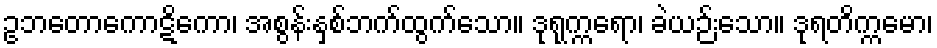
ဥဘတောကောဋိကော၊ အစွန်းနှစ်ဘက်ထွက်သော။ ဒုရုက္ကရော၊ ခဲယဉ်းသော။ ဒုရတိက္ကမော၊